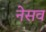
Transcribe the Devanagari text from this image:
नेसव